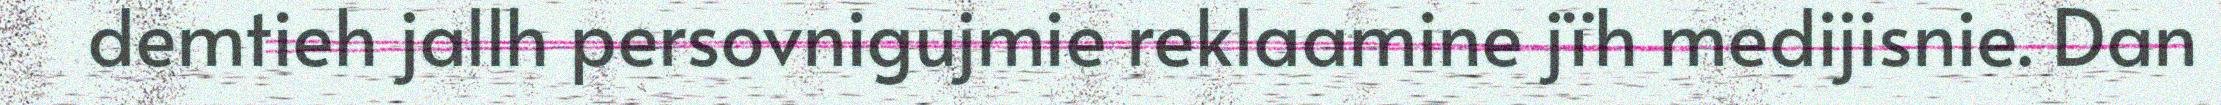
demtieh jallh persovnigujmie reklaamine jïh medijisnie. Dan